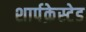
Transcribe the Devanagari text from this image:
शार्पक्रेस्टेड